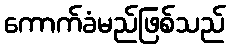
ကောက်ခံမည်ဖြစ်သည်